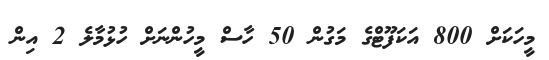
މީހަކަށް 800 އަކަފޫޓްގެ މަގުން 50 ހާސް މީހުންނަށް ހުޅުމާލެ 2 އިން